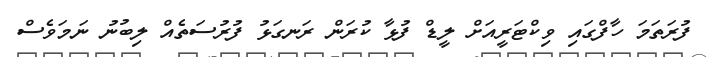
ފުރަތަމަ ހާފްގައި ވިކްޓަރީއަށް ލީޑް ފުޅާ ކުރަން ރަނގަޅު ފުރުސަތެއް ލިބުނު ނަމަވެސް